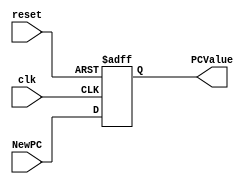
/******************************************************************
* Description
*	This is a register of 32-bit that corresponds to the PC counter. 
*	This register does not have an enable signal.
* Version:
*	1.0
* Author:
*	MSc. Jos Luis Pizano Escalante
* Date:
*	01/03/2014
******************************************************************/

module PC_Register
#(
	parameter N=32
)
(
	input clk,
	input reset,
	input  [N-1:0] NewPC,
	
	
	output reg [N-1:0] PCValue
);

always@(negedge reset or posedge clk) begin
	if(reset==0)
		PCValue <= 'h400000;
	else	
		PCValue<=NewPC;
end

endmodule